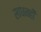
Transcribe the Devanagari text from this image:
साधनही